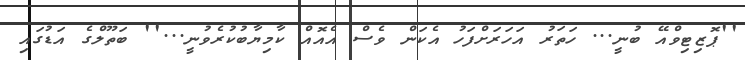
''ޕޮޒިޓިވްއޭ ބުނީ... ހަތަރު އަހަރަށްފަހު އެކަން ވެސް އެއޮއް ކާމިޔާބުކުރެވުނީ...'' ބަތޫލްގެ އަޑުގައި